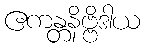
ဧကန္တနိဗ္ဗိဒါယ